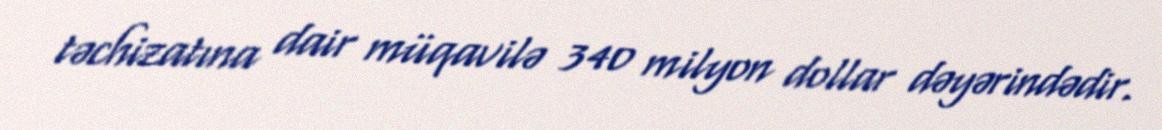
təchizatına dair müqavilə 340 milyon dollar dəyərindədir.